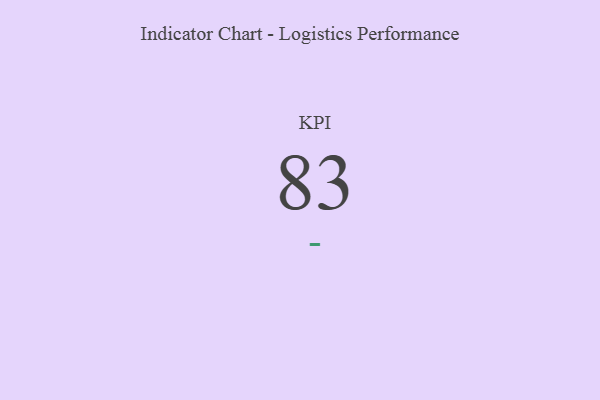
{"axis": {"x": "KPI", "y": "Value"}, "legend": [""], "data": [{"x": "KPI", "y": 83, "type": ""}]}